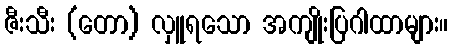
ဇီးသီး (တော) လှူရသော အကျိုးပြဂါထာများ။